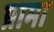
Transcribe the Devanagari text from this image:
प्रामा